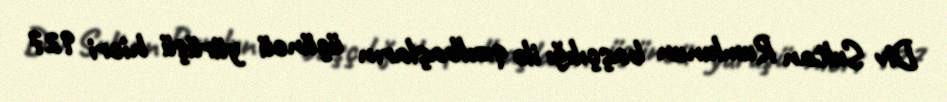
Div Sultan Rumlunun başçılığı ilə qızılbaşların üçüncü yürüşü hicri 927